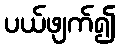
ပယ်ဖျက်၍